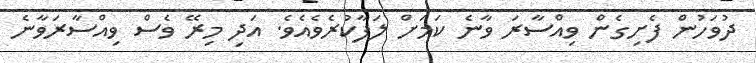
ދުވަހުން ފެށިގެން ވިއްސާރަ ވާނެ ކަމަށް ލަފާކުރެވެއެވެ. އަދި މިރޭ ވެސް ވިއްސާރަވާނެ